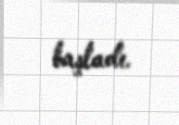
başladı.